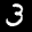
Label: 3